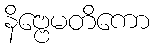
နိဗ္ဗေမတိကော